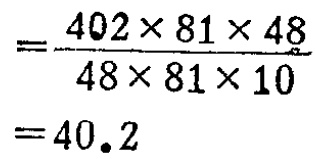
\[
=\frac{402\times81\times48}{48\times81\times10}=40.2
\]